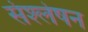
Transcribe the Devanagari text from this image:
संश्लेषन